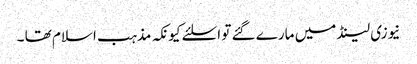
نیوزی لینڈ میں مارے گئے تو اسلئے کیونکہ مذہب اسلام تھا ۔